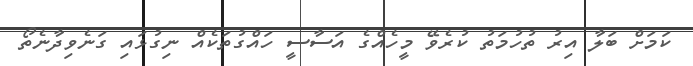
ކަމަށް ބަލާ އިރު ތުހުމަތު ކުރެވޭ މީހެއްގެ އަސާސީ ހައްގުތަކެއް ނިގުޅައި ގަނެވިދާނެތޯ